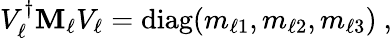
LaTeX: V_{\ell}^{\dagger}\mathbf{M}_{\ell}V_{\ell}=\mathrm{{diag}}(m_{\ell1},m_{\ell2},m_{\ell3})\ ,